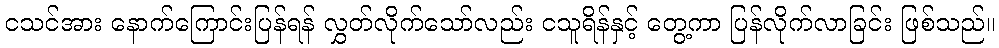
ငသင်အား နောက်ကြောင်းပြန်ရန် လွှတ်လိုက်သော်လည်း ငသူရိန်နှင့် တွေ့ကာ ပြန်လိုက်လာခြင်း ဖြစ်သည်။